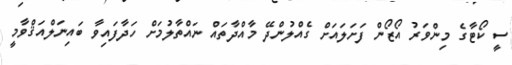
ސީ ކޯޓާގެ މިންވަރު އޯޒޯން ފަށަލައަށް ގެއްލުންދޭ މާއްދާތައް ނައްތާލުމަށް ހަދާފައިވާ ބައިނަލްއަޤްވާމީ